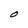
Character: O